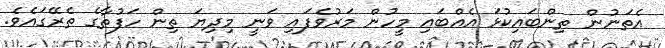
އެތަނުން ތިންބައިކުޅަ އެއްބައި މީހުން މަރުވެފައި ވަނީ މިދިޔަ ތިން ހަފުތާގެ ތެރޭގައެވެ.